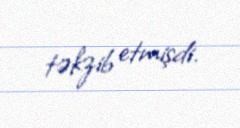
təkzib etmişdi.